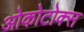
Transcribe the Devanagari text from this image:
ओकोटोक्स